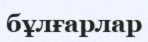
бұлғарлар